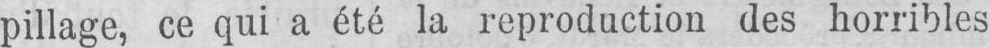
pillage, ce qui a été la reproduction des horribles